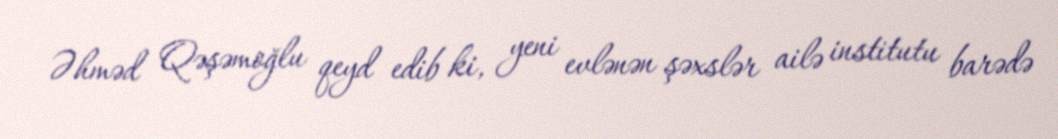
Əhməd Qəşəmoğlu qeyd edib ki, yeni evlənən şəxslər ailə institutu barədə